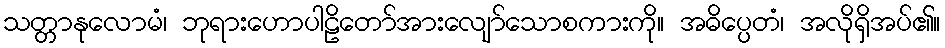
သတ္တာနုလောမံ၊ ဘုရားဟောပါဠိတော်အားလျော်သောစကားကို။ အဓိပ္ပေတံ၊ အလိုရှိအပ်၏။